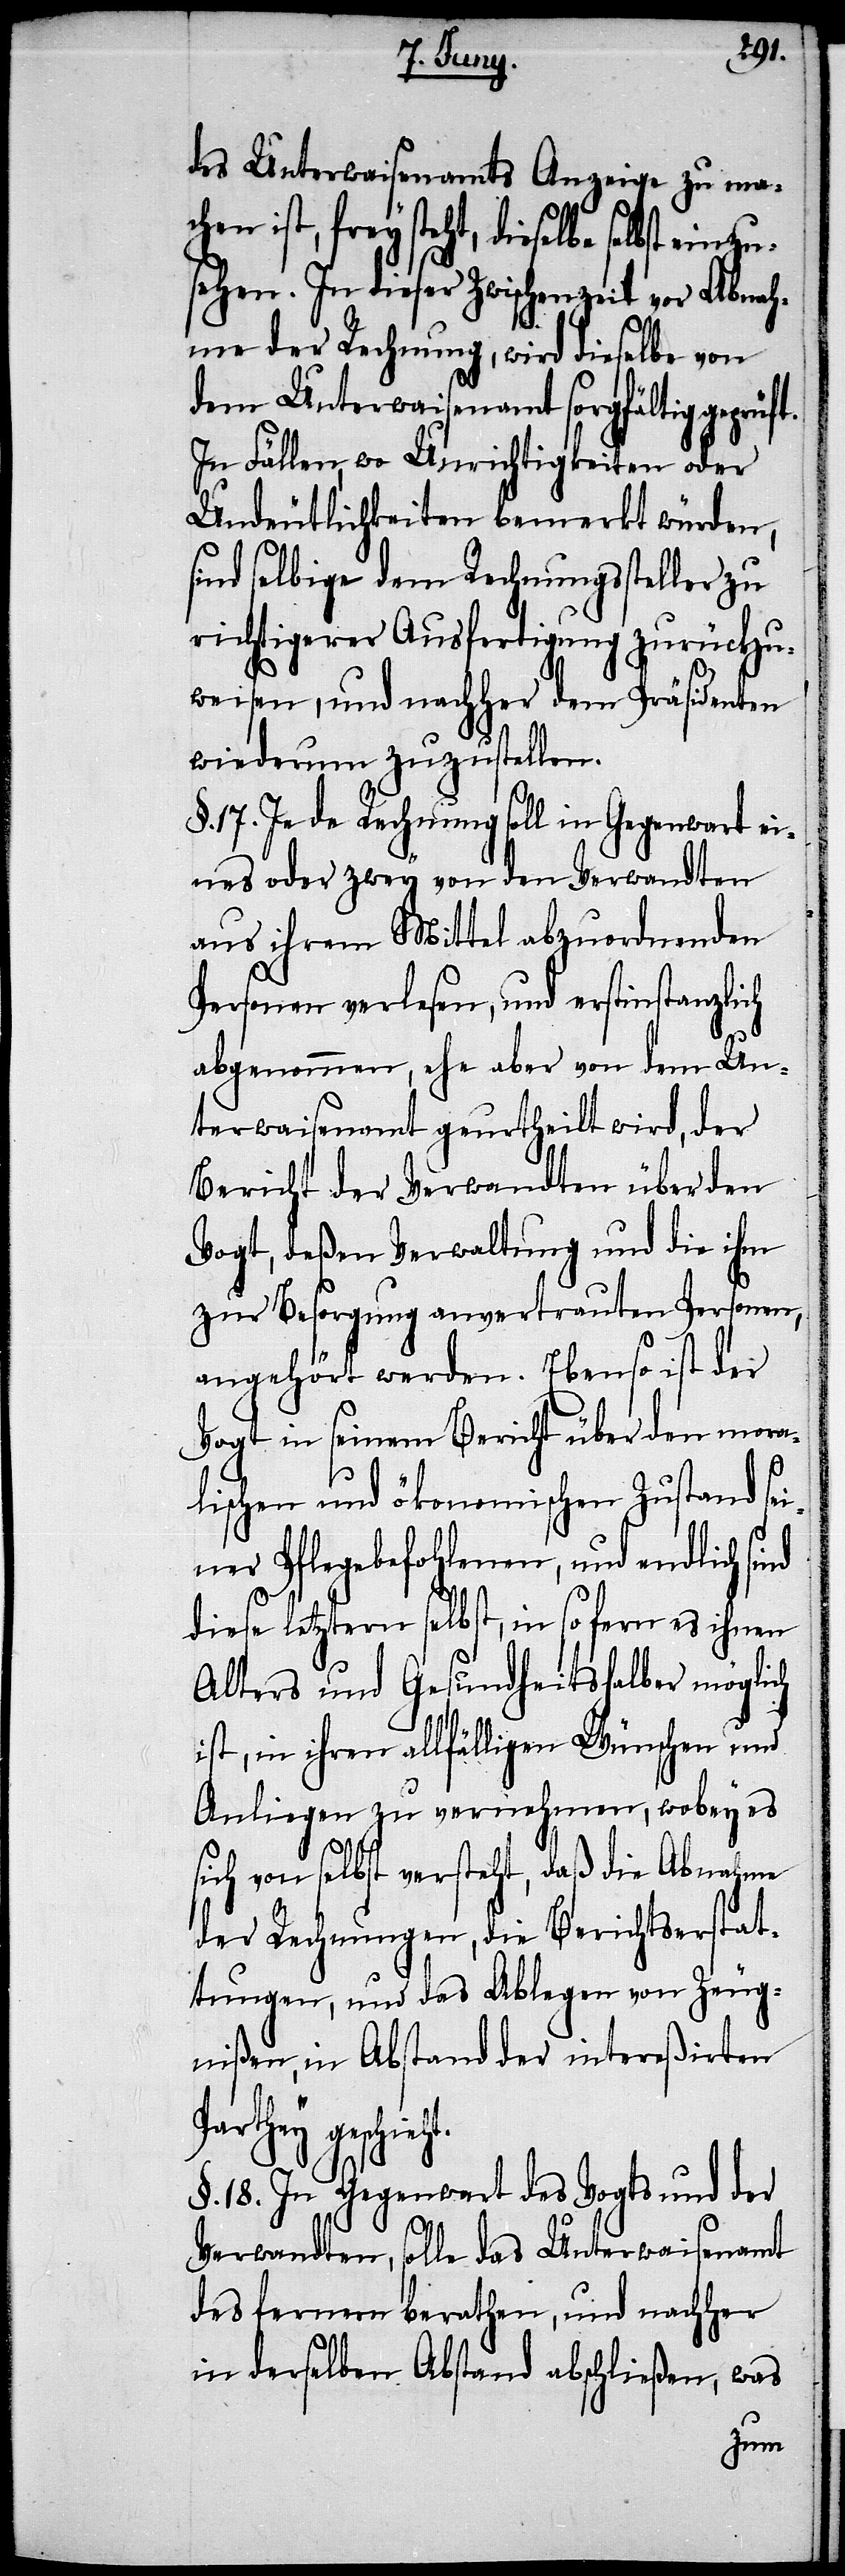
des Unterwaisenamts Anzeige zu mac¬
hen ist, frey steht, dieselbe selbst ein¬
sehen. In dieser Zwischenzeit vor Abnah¬
me der Rechnung, wird dieselbe von
dem Unterwaisenamt sorgfältig geprüf¬
In Fällen, wo Unrichtigkeiten oder
Undeutlichkeiten bemerkt würden,
sind selbige dem Rechnungssteller zu
richtigerer Ausfertigung zurückzu¬
weisen, und nachher dem Präsidenten
wiederum zuzustellen.
§. 17. Jede Rechnung soll in Gegenwart ei¬
nes oder zwey von den Verwandten
aus ihrem Mittel abzuordnenden
Personen verlesen, und erstinstanzlich
abgenommen, ehe aber von dem Un¬
terwaisenamt geurtheilt wird, der
Bericht der Verwandten über den
Vogt, deßen Verwaltung und die ihm
zur Besorgung anvertrauten Personen,
angehört werden. Ebenso ist der
Vogt in seinem Bericht über den mora¬
nd
lischen und ökonomischen Zustand se¬
iner Pflegebefohlenen, und endlich si¬
diese letztern selbst, in so fern es ihnen
Alters und Gesundheitshalber möglich
ist, in ihren allfälligen Wünschen und
Anliegen zu vernehmen, wobey es
sich von selbst versteht, daß die Abnahme
der Rechnungen, die Berichtserstat¬
tungen, und das Ablegen von Zeug¬
nißen, in Abstand der intereßirten
Parthey geschieht.
§. 18. In Gegenwart des Vogts und der
t.
Verwandten, solle das Unterwaisenamt
des fernern berathen, und nachher
in derselben Abstand abschließen, was
zu¬